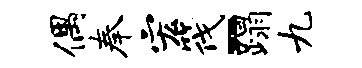
偶奉宏筏-蹋九